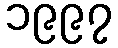
၁၉၉၇